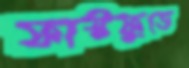
ফাস্টফুডে